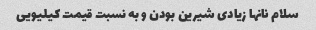
سلام نانها زیادی شیرین بودن و به نسبت قیمت کیلیویی